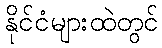
နိုင်ငံများထဲတွင်